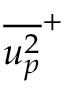
\overline { { u _ { p } ^ { 2 } } } ^ { + }